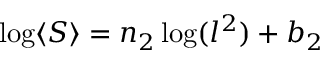
\log \langle S \rangle = n _ { 2 } \log ( l ^ { 2 } ) + b _ { 2 }